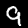
Digit: 9